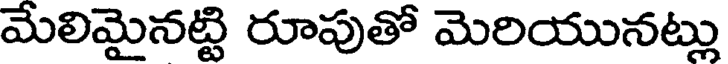
మేలిమైనట్టి రూపుతో మెరియునట్లు